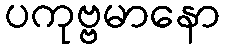
ပကုဗ္ဗမာနော